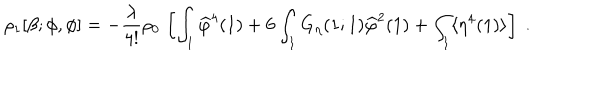
\rho _ { 1 } [ \beta ; \phi , \phi ] = - \frac { \lambda } { 4 ! } \rho _ { 0 } \, \left[ \int _ { 1 } \widehat \varphi ^ { 4 } ( 1 ) + 6 \int _ { 1 } G _ { \eta } ( 1 ; 1 ) \widehat \varphi ^ { 2 } ( 1 ) + \int _ { 1 } \langle \eta ^ { 4 } ( 1 ) \rangle \right] \; .